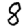
Digit: 8